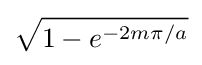
{\sqrt {1-e^{-2m\pi /a}}}